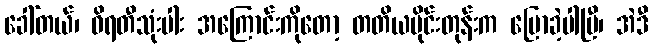
ခေါ်တယ်၊ ဝိရတီသုံးပါး အကြောင်းကိုတော့ တတိယပိုင်းတုန်းက ပြောခဲ့ပါပြီ၊ အဲဒီ